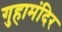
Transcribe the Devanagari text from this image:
गुहामंदिर